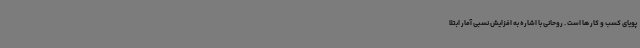
پویای کسب و کار ها است . روحانی با اشاره به افزایش نسبی آمار ابتلا